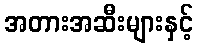
အတားအဆီးများနှင့်